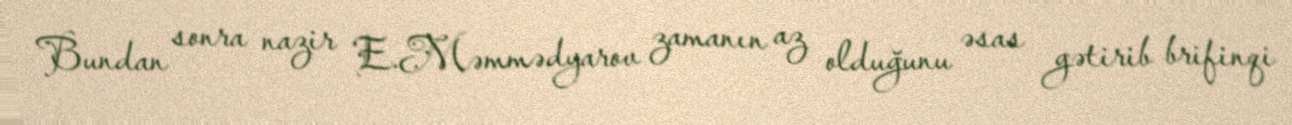
Bundan sonra nazir E.Məmmədyarov zamanın az olduğunu əsas gətirib brifinqi